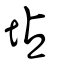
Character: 坫